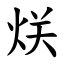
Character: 烪